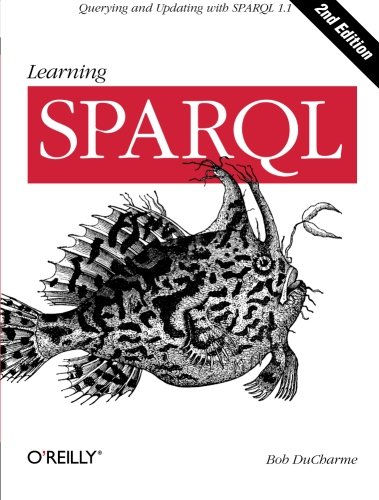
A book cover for Learning SPARQL; Bob DuCharme; Computers & Technology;